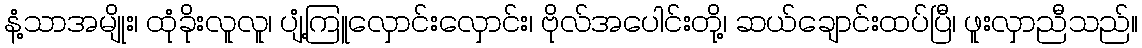
နံ့သာအမျိုး၊ ထုံခိုးလူလူ၊ ပျံ့ကြူလှောင်းလှောင်း၊ ဗိုလ်အပေါင်းတို့၊ ဆယ်ချောင်းထပ်ပြီ၊ ဖူးလှာညီသည်။